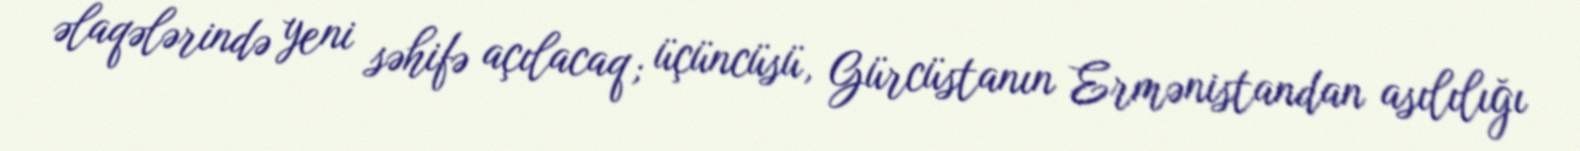
əlaqələrində yeni səhifə açılacaq; üçüncüsü, Gürcüstanın Ermənistandan asılılığı